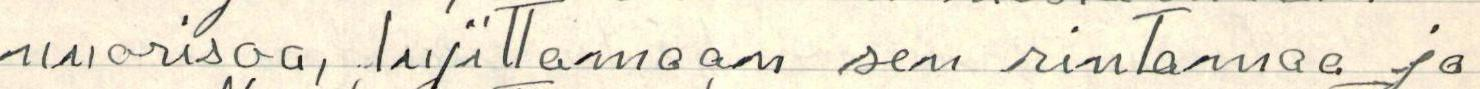
nuorisoa, lujittamaan sen rintamaa ja